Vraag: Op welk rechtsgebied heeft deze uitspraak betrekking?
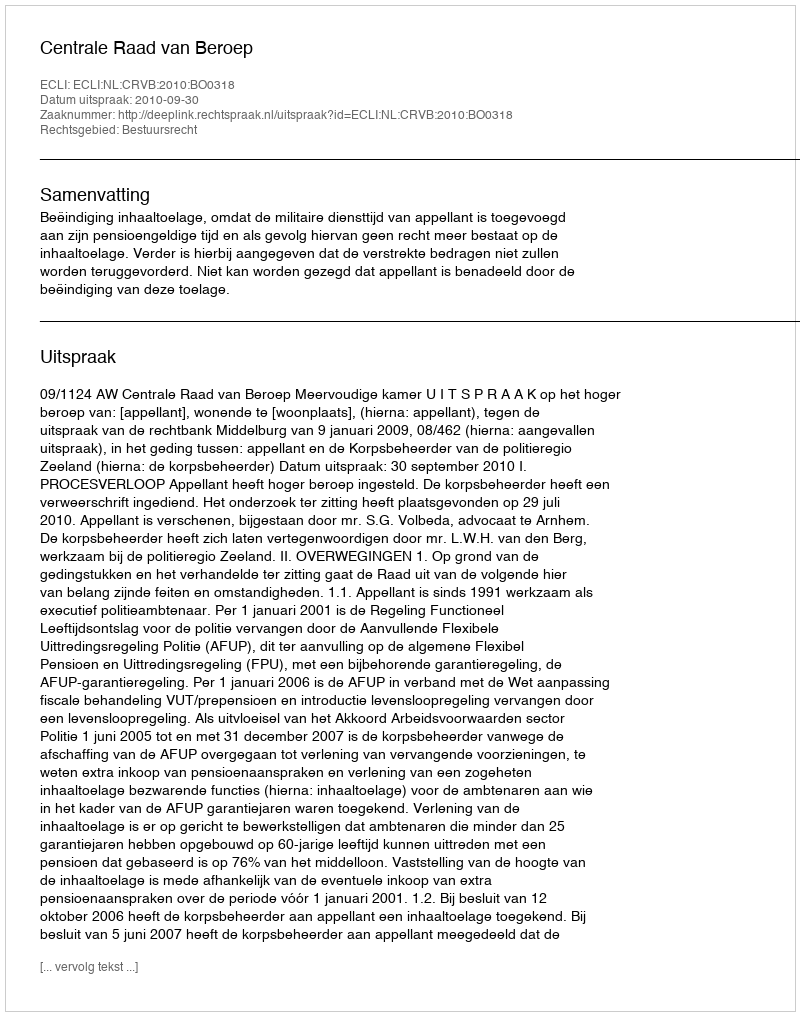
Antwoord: Bestuursrecht